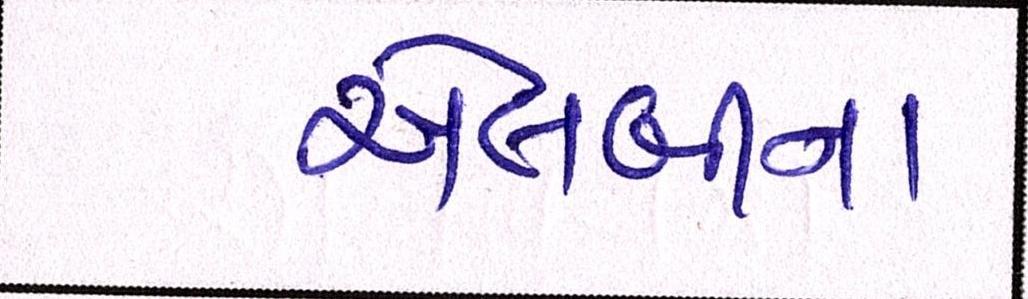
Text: એલબીના